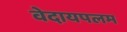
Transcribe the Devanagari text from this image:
वेदायपलम